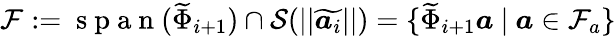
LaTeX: \mathcal{F}:=\mathrm{~s~p~a~n~}(\widetilde{\Phi}_{i+1})\cap\mathcal{S}(||\widetilde{\boldsymbol{a}_{i}}||)=\{ \widetilde{\Phi}_{i+1}\boldsymbol{a}\mathrm{~}|\mathrm{~}\boldsymbol{a}\in\mathcal{F}_{a}\}